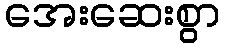
အေးဆေးစွာ